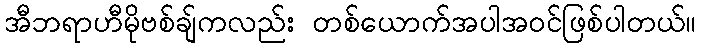
အီဘရာဟီမိုဗစ်ချ်ကလည်း တစ်ယောက်အပါအဝင်ဖြစ်ပါတယ်။